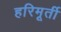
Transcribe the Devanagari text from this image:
हरिमूर्ती